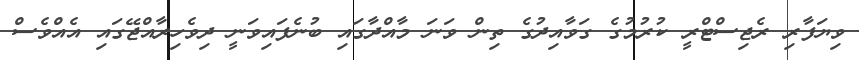
ވިޔަފާރި ރެޖިސްޓްރީ ކުރުމުގެ ގަވާއިދުގެ ތިން ވަނަ މާއްދާގައި ބުނެފައިވަނީ ދިވެހިރާއްޖޭގައި އެއްވެސް